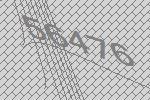
56476